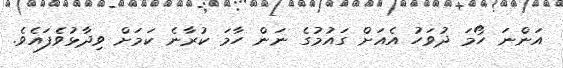
އަންނަ ހޯމަ ދުވަހު އެއަށް ގައުމުގެ ނަން ހާމަ ކުރާނެ ކަމަށް ވިދާޅުވެފައެވެ.